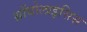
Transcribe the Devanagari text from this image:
थ्रोंबोलाइसिस